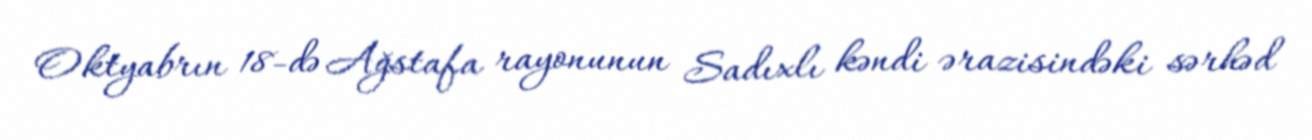
Oktyabrın 18-də Ağstafa rayonunun Sadıxlı kəndi ərazisindəki sərhəd